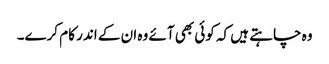
وہ چاہتے ہیں کہ کوئی بھی آئے وہ ان کے اندر کام کرے۔